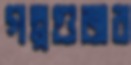
গল্পগুজব